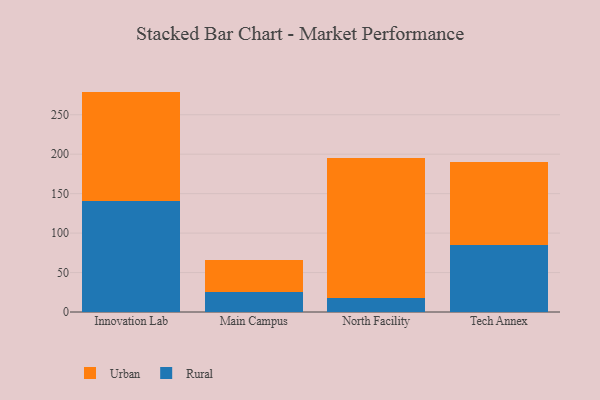
{"axis": {"x": "Campus", "y": "Production Output"}, "legend": ["Rural", "Urban"], "data": [{"x": "Innovation Lab", "y": 141.2, "type": "Rural"}, {"x": "Innovation Lab", "y": 138.1, "type": "Urban"}, {"x": "Main Campus", "y": 25.9, "type": "Rural"}, {"x": "Main Campus", "y": 40.1, "type": "Urban"}, {"x": "North Facility", "y": 18.2, "type": "Rural"}, {"x": "North Facility", "y": 176.7, "type": "Urban"}, {"x": "Tech Annex", "y": 84.4, "type": "Rural"}, {"x": "Tech Annex", "y": 105.1, "type": "Urban"}]}